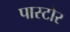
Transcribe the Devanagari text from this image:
पास्टोर